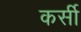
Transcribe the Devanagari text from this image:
कर्सी